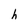
Character: h